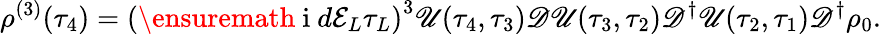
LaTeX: \rho^{(3)}(\tau_{4})=\left(\ensuremath{\mathrm{~i~}}d\mathcal{E}_{L}\tau_{L}\right)^{3}\mathscr{U}(\tau_{4},\tau_{3})\mathscr{D}\mathscr{U}(\tau_{3},\tau_{2})\mathscr{D}^{\dagger}\mathscr{U}(\tau_{2},\tau_{1})\mathscr{D}^{\dagger}\rho_{0}.